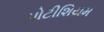
પોટીશિયમ